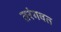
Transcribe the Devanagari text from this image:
तरंगवत